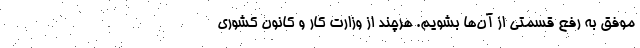
موفق به رفع قسمتی از آن‌ها بشویم. هرچند از وزارت کار و کانون کشوری